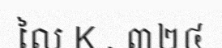
លៃ K . ៣២៤